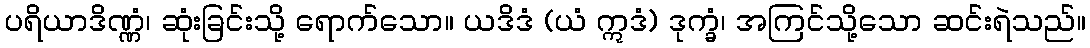
ပရိယာဒိဏ္ဏံ၊ ဆုံးခြင်းသို့ ရောက်သော။ ယဒိဒံ (ယံ ဣဒံ) ဒုက္ခံ၊ အကြင်သို့သော ဆင်းရဲသည်။